Annual report on the working of the lock hospitals in the North-Western Provinces and Oudh
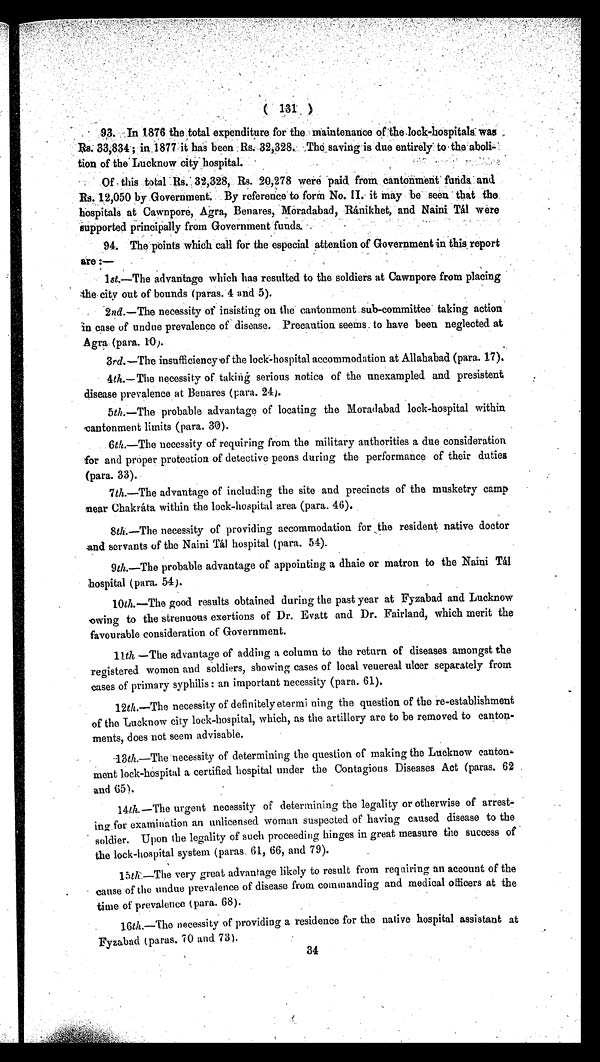
(131)
93. In 1876 the total expenditure for the maintenance of the lock-hospitals Was
Rs. 33,834; in 1877 it his been Rs. 32,328. The saving is due entirely to the
abolition of the Lucknow city hospital.
Of this total Rs. 32,328, Rs. 20,278 were paid from cantonment funds and
Rs. 12, 050 by Gover nment . By r ef er ence t o f or m No. I I i t may be seen t hat t he
hospitals at Cawnpore, Agra, Benares, Moradabad, Ránikhet, and Naini Tál were
s u p p o r t e d p r i n c i p a l l y f r o m G o v e r n m e n t f u n d s .
94. The points which call for the especial attention of Government in this , report
are:—
1st .—The advantage which has resulted to the soldiers at Cawnpore from placing
the city out of bounds (paras. 4 and 5).
2nd.—The necessity of insisting on the cantonment sub-committee taking action
in case of undue prevalence of disease. Precaution seems to have been neglected at
Agra. (para. 10).
3rd.—The insufficiency of the lock-hospital accommodation at Allahabad (para. 17).
4th.—The necessity of taking serious notice of the unexampled and presistent
disease prevalence at Benares (para. 24).
5th.—The probable advantage of locating the Moradabad lock-hospital within
cantonment limits (para. 30).
6 th.—The necessity of requiring from the military authorities a due consideration
for and proper protection of detective peons during the performance of their duties
(para. 33).
7th.—The advantage of including the site and precincts of the musketry camp
near Chakráta within the lock-hospital area (para. 46).
8th.—The necessity of providing accommodation for the resident native doctor
and servants of the Naini Tál hospital (para. 54).
9th.—The probable advantage of appointing a dhaie or matron to the Naini Tál
hospital (para. 54).
10th .—The good results obtained during the past year at Fyzabad and Lucknow
owing to the strenuous exertions of Dr. Evatt and Dr. Fairland, which merit the
favourable consideration of Government.
11th.— T h e a d v a n t a g e o f a d d i n g a c o l u m n t o t h e r e t u r n o f d i s e a s e s a m o n g s t t h e
registered women and soldiers, showing cases of local venereal ulcer separately from
cases of primary syphilis : an important necessity (para. 61).
12th .—The necessity of definitely etermining the question of the re-establishment
of the Lucknow city lock-hospital, which, as the artillery are to be removed to canton
ments, does not seem advisable.
13th .—The necessity of determining the question of making the Lucknow canton
ment lock-hospital a certified hospital under the Contagious Diseases Act (paras. 62 .
and 65).
14th .—The urgent necessity of determining the legality or otherwise of arrest
ing.for examination an unlicensed woman suspected of having caused disease to the
soldier. Upon the legality of such proceeding hinges in great measure the success of
the lock-hospital system (paras. 61, 66, and 79).
15th .—The very great advantage likely to result from requiring an account of the
cause of the undue prevalence of disease from commanding and medical officers at the
time of prevalence (para. 68).
16th. —The necessity of providing a residence for the native hospital assistant at
Fyzabad (paras. 70 and 73).
34